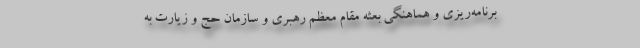
برنامه‌ریزی و هماهنگی بعثه مقام معظم رهبری و سازمان حج و زیارت به